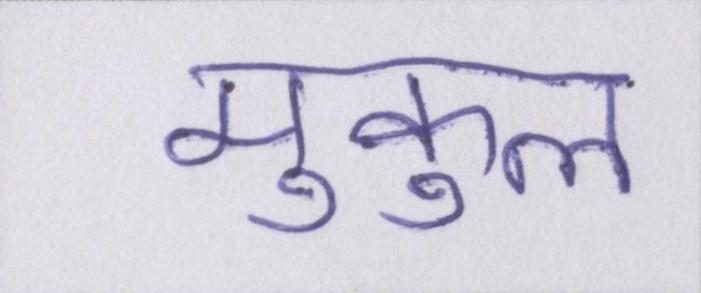
मुकुल